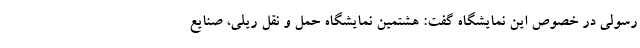
رسولی در خصوص این نمایشگاه گفت: هشتمین نمایشگاه حمل و نقل ریلی، صنایع